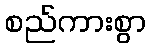
စည်ကားစွာ